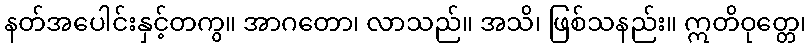
နတ်အပေါင်းနှင့်တကွ။ အာဂတော၊ လာသည်။ အသိ၊ ဖြစ်သနည်း။ ဣတိဝုတ္တေ၊